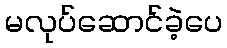
မလုပ်ဆောင်ခဲ့ပေ